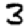
Digit: 3